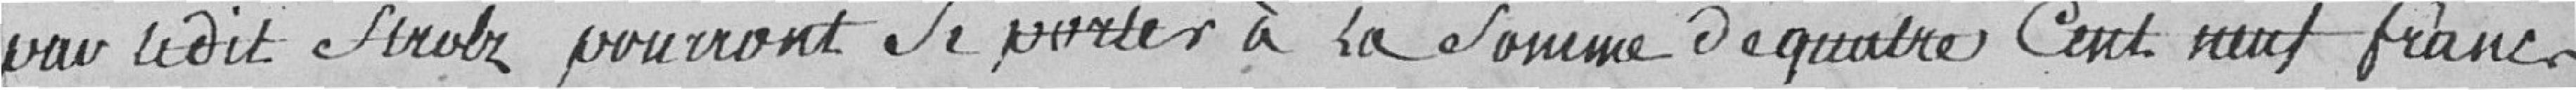
par ledit Strolz pourront se porter à la somme de quatre cent neuf francs.